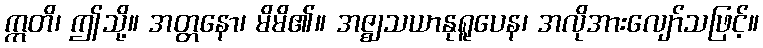
ဣတိ၊ ဤသို့။ အတ္တနော၊ မိမိ၏။ အဇ္ဈသယာနုရူပေန၊ အလိုအားလျော်သဖြင့်။